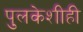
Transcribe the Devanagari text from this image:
पुलकेशीही